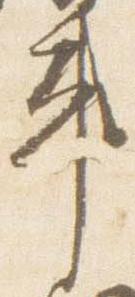
車